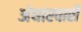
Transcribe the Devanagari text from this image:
अंधारवारी